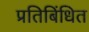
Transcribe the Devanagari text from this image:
प्रतिबिंधित